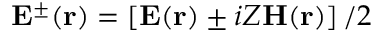
\mathbf { E } ^ { \pm } ( \mathbf { r } ) = \left[ \mathbf { E } ( \mathbf { r } ) \pm i Z \mathbf { H } ( \mathbf { r } ) \right] / 2